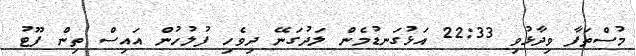
މުސްތަފާ ވިދާޅުވި 22:33 އަޅުގަނޑުމެން ލަދުގަނޭ ދިވެހި ފުލުހުން އައިސް ތިން ފޫޓު